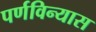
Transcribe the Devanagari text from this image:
पर्णविन्यास